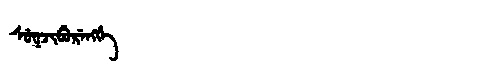
Manchu: ᠰᡠᡴᠵᡳᠪᡠᡵᡝᠩᡤᡝ
Romanization: SUKJIBURENGGE